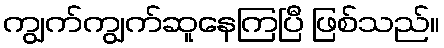
ကျွက်ကျွက်ဆူနေကြပြီ ဖြစ်သည်။